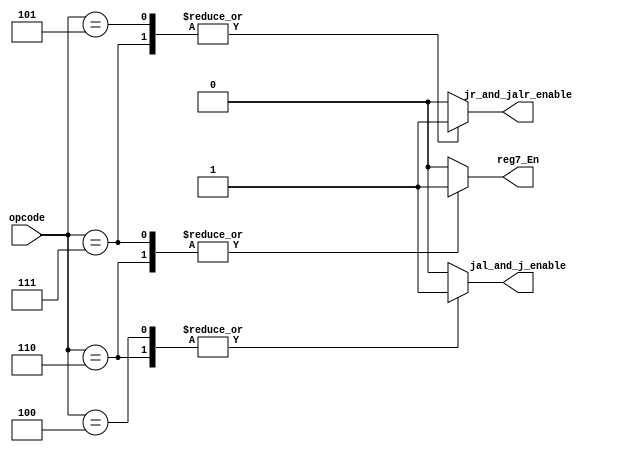
module jumpControlLogic (opcode, reg7_En, jr_and_jalr_enable, jal_and_j_enable); 

	input [4:0] opcode; 

	output jal_and_j_enable, reg7_En, jr_and_jalr_enable; 

	reg jal_and_j_enable, jr_and_jalr_enable, reg7_En; 

	localparam assert = 1'b1; 
	localparam no_assert = 1'b0; 

	always @(*)begin
		case(opcode)
			//JALR
			5'b00111: begin
				jal_and_j_enable = no_assert; 
				jr_and_jalr_enable = assert; 
				reg7_En = assert; 
			end

			//JR
			5'b00101: begin
				jal_and_j_enable = no_assert; 
				jr_and_jalr_enable = assert; 
				reg7_En = no_assert; 

			end

			//JAL *
			5'b00110: begin
				jal_and_j_enable = assert; 
				jr_and_jalr_enable = no_assert; 
				reg7_En = assert; 
			end

			//J *  
			5'b00100: begin
				jal_and_j_enable = assert; 
				jr_and_jalr_enable = no_assert; 
				reg7_En = no_assert; 
			end

			default: begin
				jal_and_j_enable = no_assert; 
				jr_and_jalr_enable = no_assert; 
				reg7_En = no_assert; 
			end

		endcase

	end

endmodule